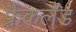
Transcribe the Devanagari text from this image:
फ़्रैंकलैंड